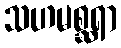
သဟမစ္ဆရာ